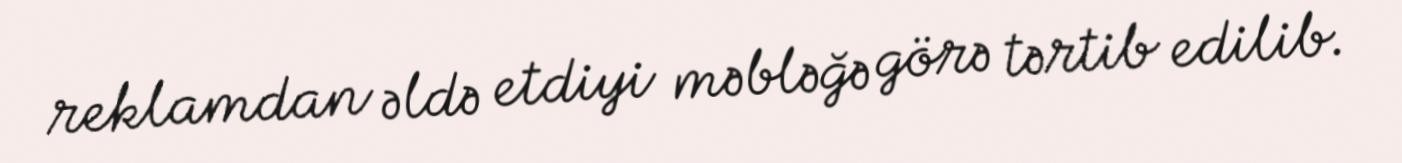
reklamdan əldə etdiyi məbləğə görə tərtib edilib.